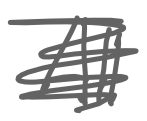
Text: All
Cross-out: scratch
Writing tool: digital_gray